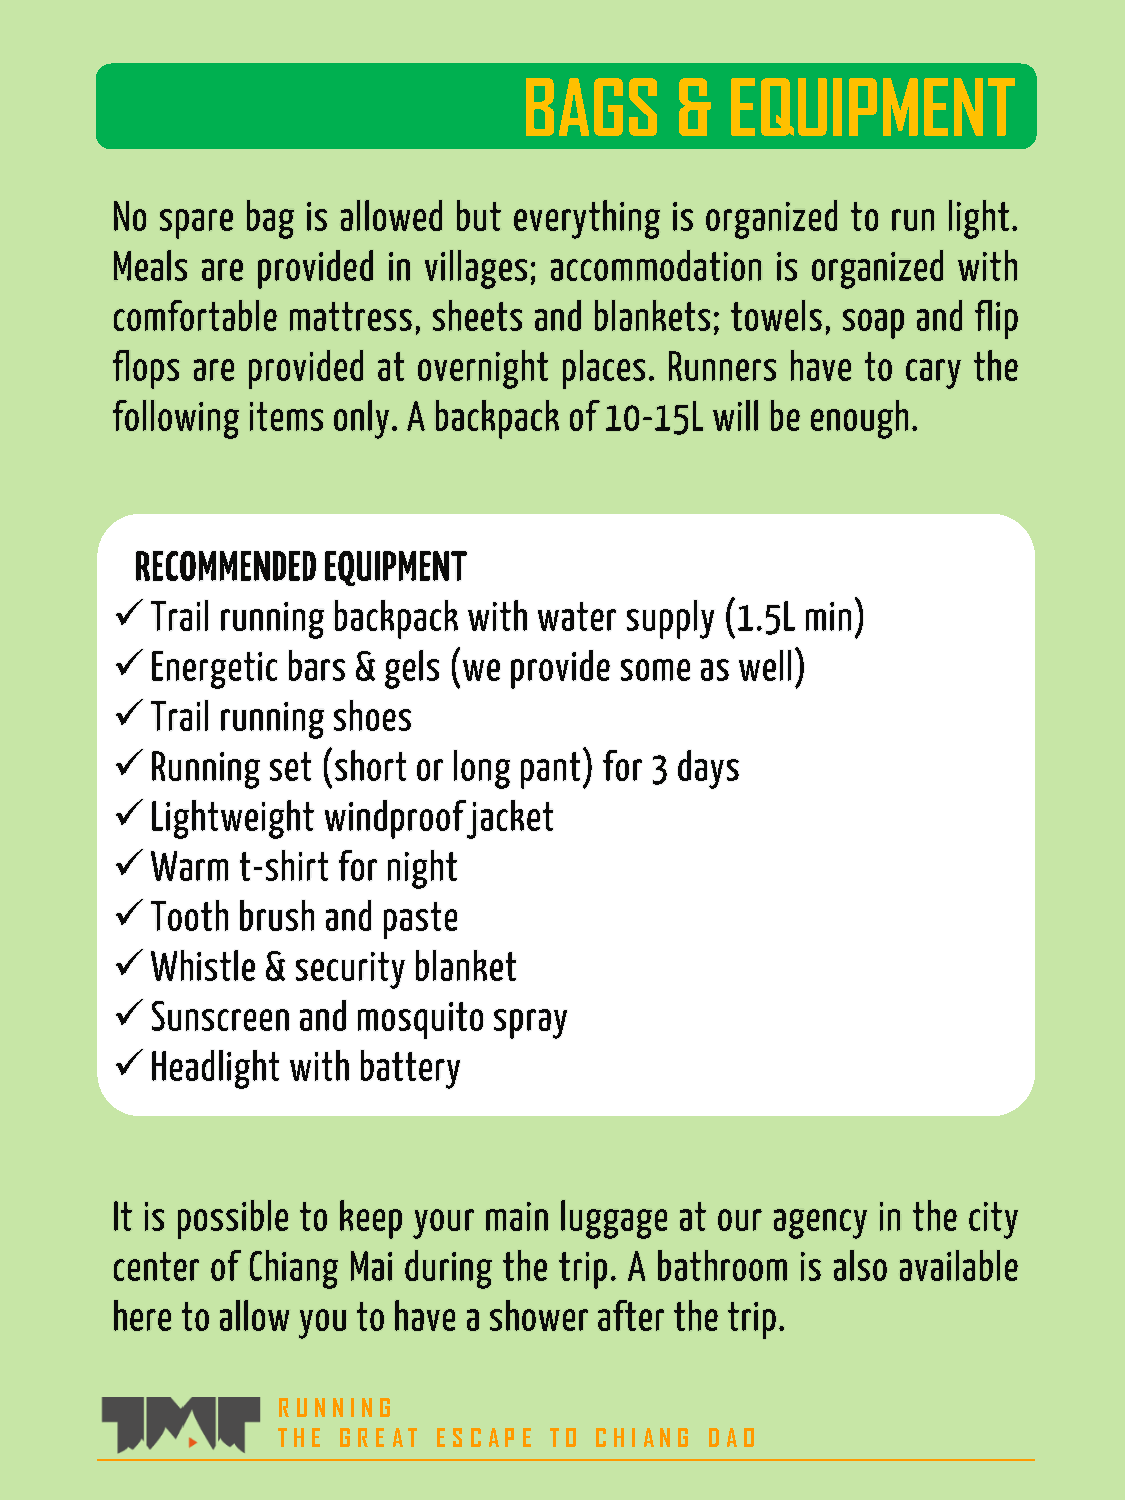
BAGS      &  EQUIPMENT
 R UNNING
 THE G R E AT E S C AP E TO C HIANG DAO